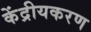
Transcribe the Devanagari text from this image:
केंद्रीयकरण